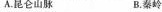
A.昆仑山脉 B.秦岭